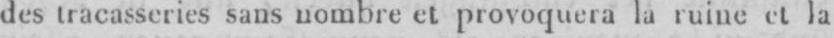
des tracasseries sans nombre et provoquera la ruine et la